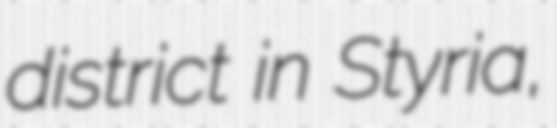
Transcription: district in Styria,